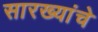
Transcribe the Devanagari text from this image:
सारख्यांचे